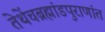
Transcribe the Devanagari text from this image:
तेथेंचब्रह्मांडपुराणांत